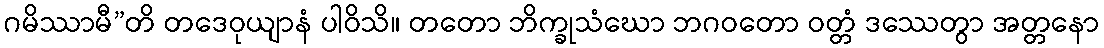
ဂမိဿာမီ”တိ တဒေဝုယျာနံ ပါဝိသိ။ တတော ဘိက္ခုသံဃော ဘဂဝတော ဝတ္တံ ဒဿေတွာ အတ္တနော